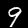
Digit: 9